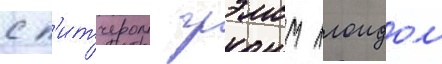
с п'итчером грэмом ллоидом